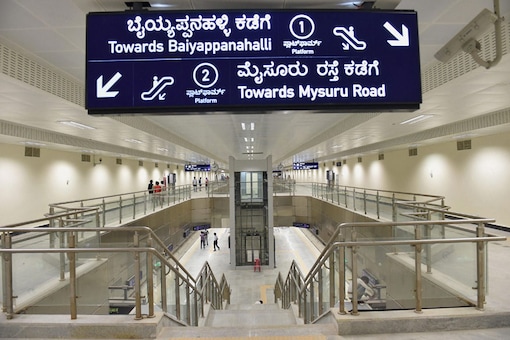
Language: kannada
Transcription: ಮೈಸೂರು ಕಡೆಗೆ